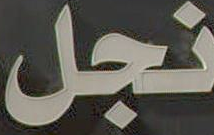
نجل